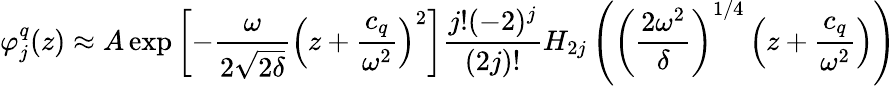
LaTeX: \varphi_{j}^{q}(z)\approx A\exp\left[-\frac{\omega}{2\sqrt{2\delta}}\left(z+\frac{c_{q}}{\omega^{2}}\right)^{2}\right]\frac{j!(-2)^{j}}{(2j)!}H_{2j}\left(\left(\frac{2\omega^{2}}{\delta}\right)^{1/4}\left(z+\frac{c_{q}}{\omega^{2}}\right)\right)